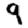
Digit: 9